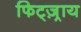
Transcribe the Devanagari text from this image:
फिट्ज़्राय